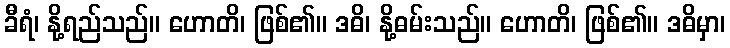
ခီရံ၊ နို့ရည်သည်။ ဟောတိ၊ ဖြစ်၏။ ဒဓိ၊ နို့ဓမ်းသည်။ ဟောတိ၊ ဖြစ်၏။ ဒဓိမှာ၊